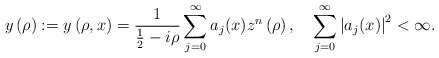
\begin{align*}y\left( \rho\right) :=y\left( \rho,x\right) =\frac{1}{\frac{1}{2}-i\rho}\sum_{j=0}^{\infty}a_{j}(x)z^{n}\left( \rho\right) ,\quad\sum_{j=0}^{\infty}\left\vert a_{j}(x)\right\vert ^{2}<\infty. \end{align*}